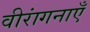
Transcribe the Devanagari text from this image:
वीरांगनाएँ